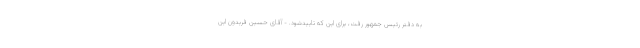
به دفتر رئیس جمهور رفت، برای این که تاییدشود. - آقای حسین فریدون این